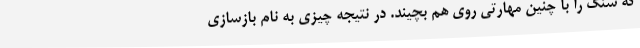
که سنگ را با چنین مهارتی روی هم بچیند. در نتیجه چیزی به نام بازسازی